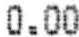
0.00